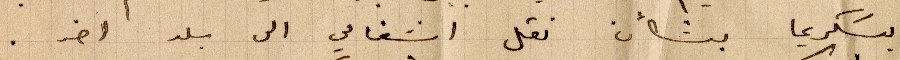
بتسكريما بشأن نقل اشغالي الى بلد آخر